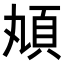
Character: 𩑖